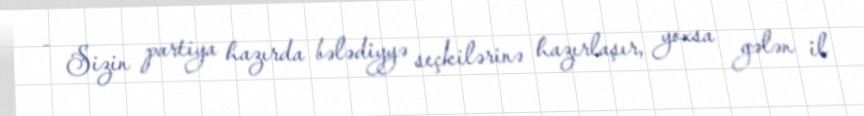
- Sizin partiya hazırda bələdiyyə seçkilərinə hazırlaşır, yoxsa gələn il